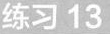
练习13